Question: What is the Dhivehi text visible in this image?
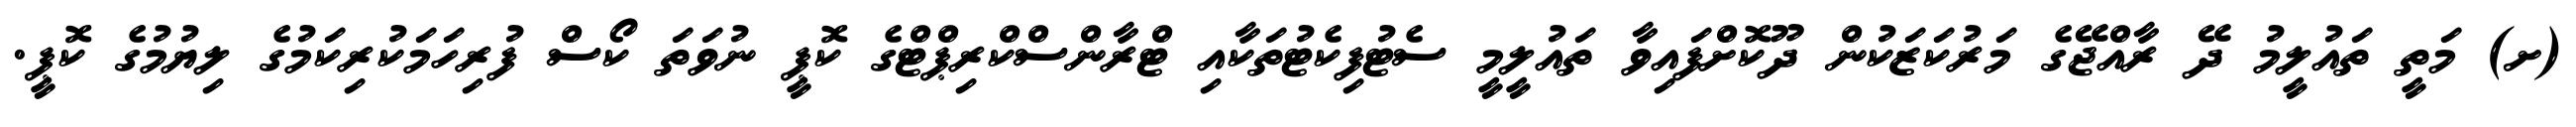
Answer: (ށ) މަތީ ތައުލީމު ދޭ ރާއްޖޭގެ މަރުކަޒަކުން ދޫކޮށްފައިވާ ތައުލީމީ ސެޓުފިކެޓުތަކާއި ޓްރާންސްކްރިޕްޓްގެ ކޮޕީ ނުވަތަ ކޯސް ފުރިހަމަކުރިކަމުގެ ލިޔުމުގެ ކޮޕީ.